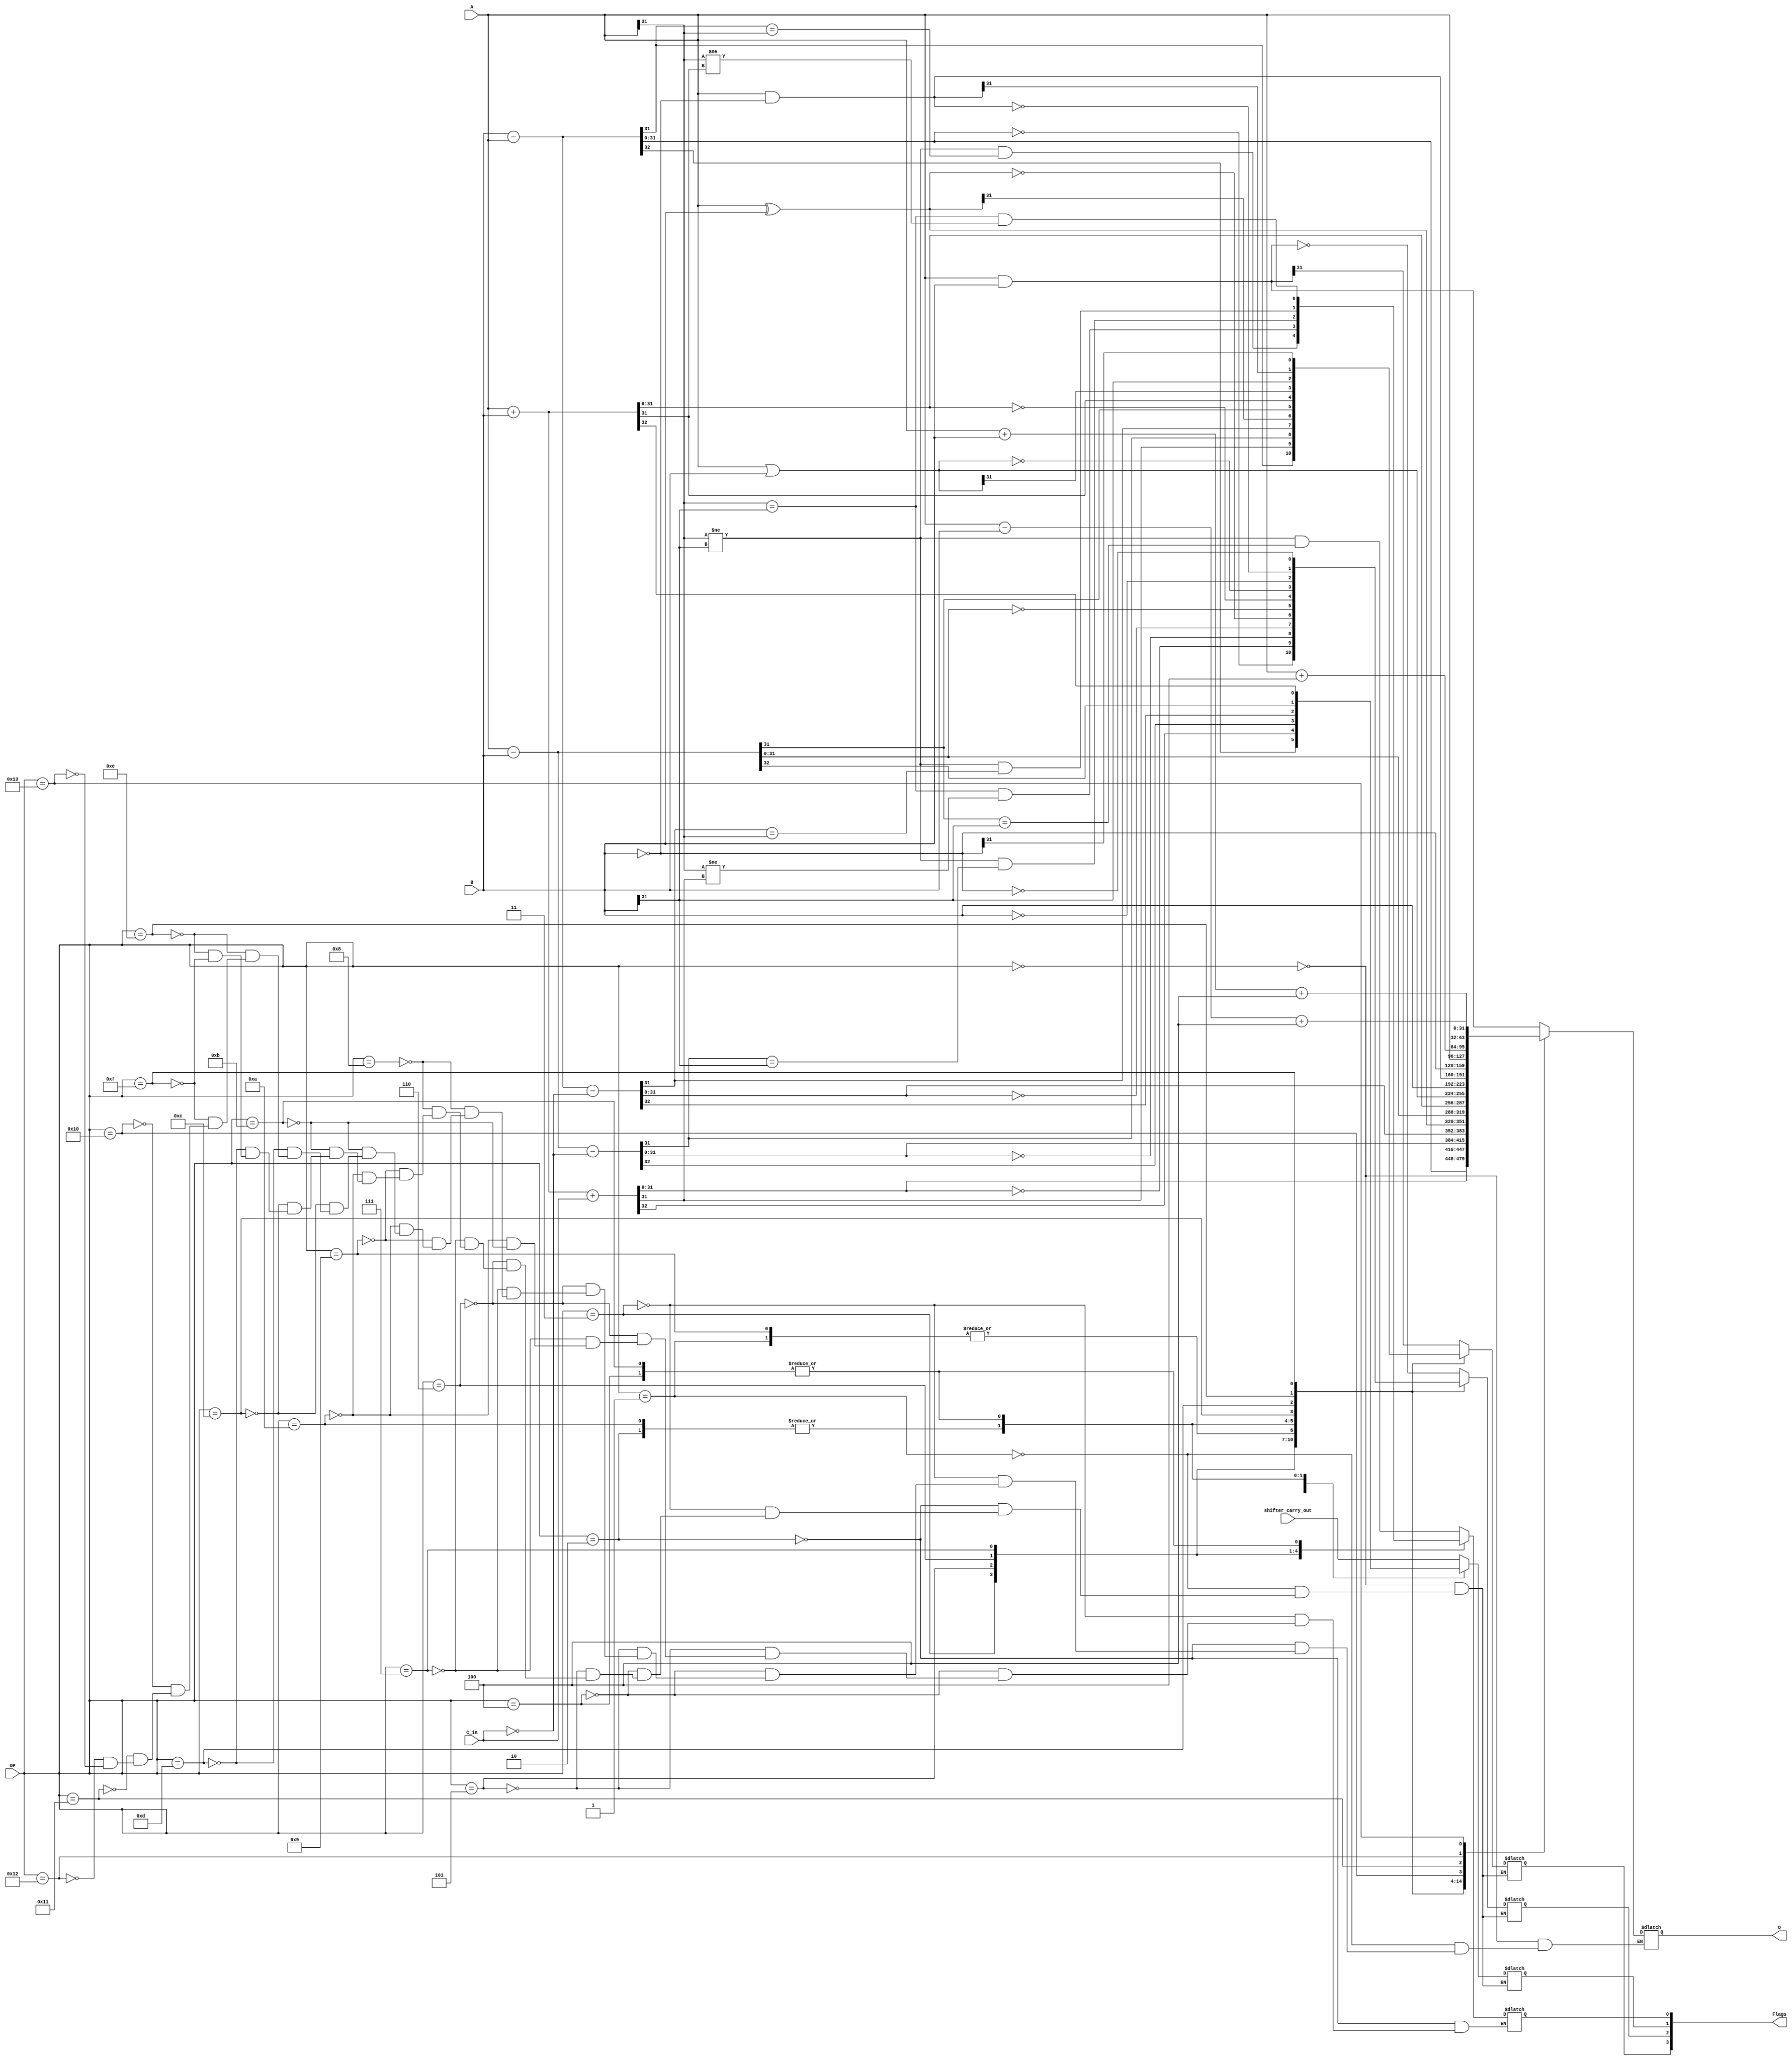
module alu (output reg [31:0] O, output reg [3:0] Flags, input [31:0] A, B, input [4:0] OP, input C_in, shifter_carry_out);
    // A = Rn
    // B = shifter_operand
    // O = Rd
    // Flag[0] = V
    // Flag[1] = C
    // Flag[2] = Z
    // Flag[3] = N
    always@(OP, A, B)
        case(OP)
                                                        //                                   Status Flags  ARM Manual
                                                        //                                    N  Z  C  V    Section
            5'b00000: begin                             // AND - Logical AND                  *  *  /  -    A4.1.4
                      O = A & B;                        // Save Operation
                      Flags[3] = O[31];                 // N Flag Update
                      Flags[2] = !O;                    // Z Flag Update
                      Flags[1] = shifter_carry_out;     // C Flag Update
                    end
            5'b00001: begin                             // EOR - Logical Exclusive OR         *  *  /  -    A4.1.18
                      O = A ^ B;                        // Save Operation
                      Flags[3] = O[31];                 // N Flag Update
                      Flags[2] = !O;                    // Z Flag Update
                      Flags[1] = shifter_carry_out;     // C Flag Update
                    end
            5'b00010: begin                             // SUB - Subtract                     *  *  *  *    A4.1.106
                      {Flags[1], O} = A - B;            // Save Subtraction, C Flag Update
                      Flags[0] = (A[31] != B[31])       // V Flag Update
                                  && (O[31] == B[31]);
                      Flags[3] = O[31];                 // N Flag Update
                      Flags[2] = !O;                    // Z Flag Update
                    end
            5'b00011: begin                             // RSB - Reverse Subtract             *  *  *  *    A4.1.60
                      {Flags[1], O} = B - A;            // Save Subtraction, C Flag Update
                      Flags[0] = (A[31] != B[31])       // V Flag Update
                                  && (O[31] == A[31]);
                      Flags[3] = O[31];                 // N Flag Update
                      Flags[2] = !O;                    // Z Flag Update
                    end
            5'b00100: begin                             // ADD - Addition                     *  *  *  *    A4.1.3
                      {Flags[1], O} = A + B;            // Save Addition, C Flag Update
                      Flags[0] = (A[31] == B[31])       // V Flag Update
                                && (A[31] != O[31]);
                      Flags[3] = O[31];                 // N Flag Update
                      Flags[2] = !O;                    // Z Flag Update
                    end
            5'b00101: begin                             // ADC - Addition with Carry          *  *  *  *    A4.1.2
                      {Flags[1], O} = A + B + C_in;     // Save Addition, C Flag Update
                      Flags[0] = ((A[31] == B[31])      // V Flag Update
                                && A[31] != O[31]);
                      Flags[3] = O[31];                 // N Flag Update
                      Flags[2] = !O;                    // Z Flag Update
                    end
            5'b00110: begin                             // SBC - Subtract with Carry          *  *  *  *    A4.1.65
                      {Flags[1], O} = A - B - ~C_in;    // Save Subtraction, C Flag Update
                      Flags[0] = (A[31] != B[31])       // V Flag Update
                                  && (O[31] == B[31]);
                      Flags[3] = O[31];                 // N Flag Update
                      Flags[2] = !O;                    // Z Flag Update
                    end
            5'b00111: begin                             // RSC - Reverse Subtract with Carry  *  *  *  *    A4.1.61
                      {Flags[1], O} = B - A - ~C_in;    // Save Subtraction, C Flag Update
                      Flags[0] = (A[31] != B[31])       // V Flag Update
                                  && (O[31] == A[31]);
                      Flags[3] = O[31];                 // N Flag Update
                      Flags[2] = !O;                    // Z Flag Update
                    end
            5'b01000: begin                             // TST - Test             (AND)       *  *  /  -    A4.1.117
                      O = A & B;
                      Flags[3] = O[31];                 // N Flag Update
                      Flags[2] = !O;                    // Z Flag Update
                      Flags[1] = shifter_carry_out;     // C Flag Update
                    end
            5'b01001: begin                             // TEQ - Test Equivalence (EOR)       *  *  /  -    A4.1.116
                      O = A ^ B;
                      Flags[3] = O[31];                 // N Flag Update
                      Flags[2] = !O;                    // Z Flag Update
                      Flags[1] = shifter_carry_out;     // C Flag Update
                    end
            5'b01010: begin                             // CMP - Compare          (SUB)       *  *  *  *    A4.1.15
                      {Flags[1], O} = A - B;            // Save Subtraction, C Flag Update
                      Flags[0] = (A[31] != B[31])       // V Flag Update
                                  && (O[31] == B[31]);
                      Flags[3] = O[31];                 // N Flag Update
                      Flags[2] = !O;                    // Z Flag Update
                    end
            5'b01011: begin                             // CMN - Compare Negated  (ADD)       *  *  *  *    A4.1.14
                      {Flags[1], O} = A + B;            // Save Addition, C Flag Update
                      Flags[0] = (A[31] == B[31])       // V Flag Update
                                && (A[31] != O[31]);
                      Flags[3] = O[31];                 // N Flag Update
                      Flags[2] = !O;                    // Z Flag Update
                    end
            5'b01100: begin                             // ORR - Logical OR                   *  *  /  -    A4.1.42
                      O = A | B;                        // Save Operation
                      Flags[3] = O[31];                 // N Flag Update
                      Flags[2] = !O;                    // Z Flag Update
                      Flags[1] = shifter_carry_out;     // C Flag Update
                    end
            5'b01101: begin                             // MOV - Move                         *  *  /  -    A4.1.35
                      O = B;                            // Save Operation
                      Flags[3] = O[31];                 // N Flag Update
                      Flags[2] = !O;                    // Z Flag Update
                      Flags[1] = shifter_carry_out;     // C Flag Update
                    end
            5'b01110: begin                             // BIC - Bit Clear                    *  *  /  -    A4.1.6
                      O = A & ~B;                       // Save Operation
                      Flags[3] = O[31];                 // N Flag Update
                      Flags[2] = !O;                    // Z Flag Update
                      Flags[1] = shifter_carry_out;     // C Flag Update
                    end
            5'b01111: begin                             // MVN - Move Not                     *  *  /  -    A4.1.41
                      O = ~B;                           // Save Operation
                      Flags[3] = O[31];                 // N Flag Update
                      Flags[2] = !O;                    // Z Flag Update
                      Flags[1] = shifter_carry_out;     // C Flag Update
                    end
            // Special use for CU operations-----------------------------------------------------------------------
            5'b10000: O = A;                            // Return A
            5'b10001: O = A + 3'b100;                   // Return A + 4
            5'b10010: O = A + B + 3'b100;               // Return A + B + 4
            5'b10011: O = A - B + 3'b100;               // Return A - B + 4
            // default: $display("Error: ALU OP not defined");
        endcase
endmodule